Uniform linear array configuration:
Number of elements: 16
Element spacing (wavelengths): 0.5
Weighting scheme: exponential
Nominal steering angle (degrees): -45
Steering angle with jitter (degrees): -44.281
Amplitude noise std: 0.05
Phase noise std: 0.05

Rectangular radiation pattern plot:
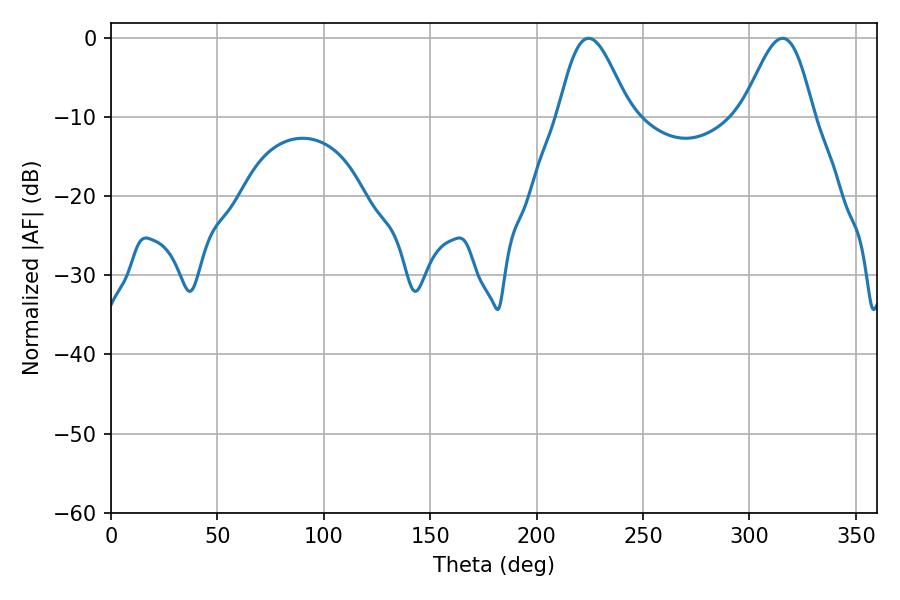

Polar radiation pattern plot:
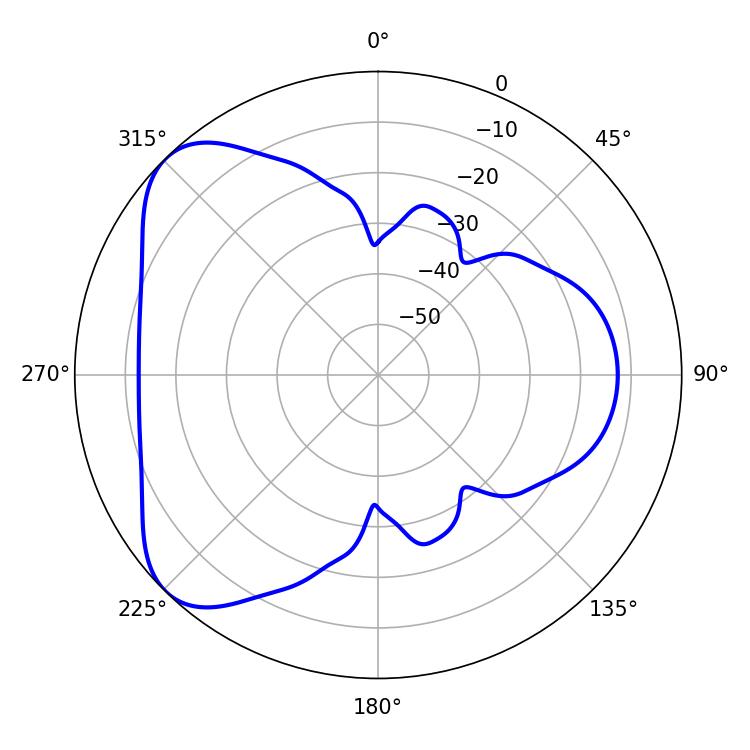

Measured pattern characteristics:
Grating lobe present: FALSE
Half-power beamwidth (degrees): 17.64
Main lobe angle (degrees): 224.46